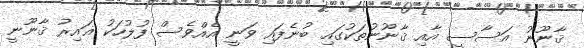
ޤާނޫނު އަސާސީ އާއި ޤާނޫނުތަކުގައި ބުނެފައި ވަނީ އެއްވެސް ފުލުހަކު ޣައިރު ޤާނޫނީ